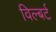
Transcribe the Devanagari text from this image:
विल्बर्ट